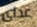
عداي